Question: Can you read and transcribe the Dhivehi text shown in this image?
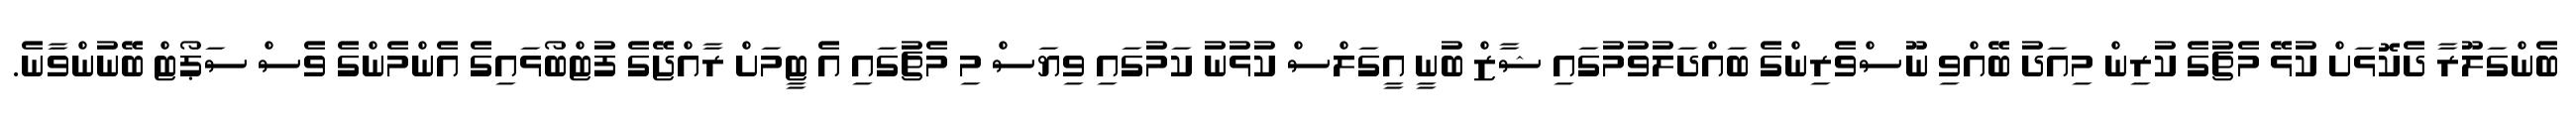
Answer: ބެންގަލޫރާ ދެކޮޅަށް ކުޅޭ މެޗުގެ ކުރިން މިއަދު ބޭއްވި ނޫސްވެރިންގެ ބައްދަލުވުމުގައި ޝާޒް ބުނީ އީގަލްސް ކުޅުނު ކަމުގައި ވިޔަސް މި މެޗުގައި އެ ޓީމަށް ރާއްޖޭގެ ފުޓްބޯޅައިގެ އެންމެންގެ ވެސް ސަޕޯޓް ބޭނުންވާނެ.